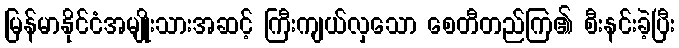
မြန်မာနိုင်ငံအမျိုးသားအဆင့် ကြီးကျယ်လှသော စေတီတည်ကြ၏ စီးနင်းခဲ့ပြီး